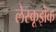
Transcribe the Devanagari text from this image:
लेस्कूझेक